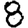
Digit: 8